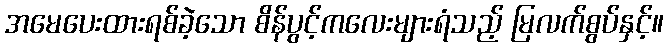
အမေပေးထားရစ်ခဲ့သော စိန်ပွင့်ကလေးများရံသည့် မြလက်စွပ်နှင့်။